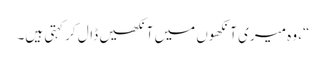
“، وہ میری آنکھوں میں آنکھیں ڈال کر کہتی ہیں۔